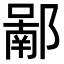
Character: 𨝿